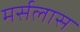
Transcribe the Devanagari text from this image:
मर्सलास